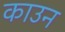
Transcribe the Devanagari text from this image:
काउन